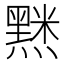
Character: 𮮘